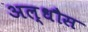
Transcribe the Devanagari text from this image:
अल्धौस